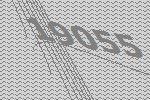
19055